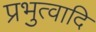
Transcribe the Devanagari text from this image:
प्रभुत्वादि